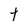
Character: t